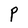
Character: P